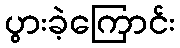
ပွားခဲ့ကြောင်း